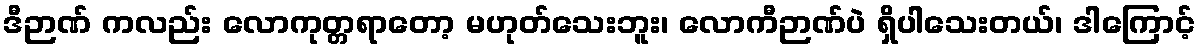
ဒီဉာဏ် ကလည်း လောကုတ္တရာတော့ မဟုတ်သေးဘူး၊ လောကီဉာဏ်ပဲ ရှိပါသေးတယ်၊ ဒါကြောင့်